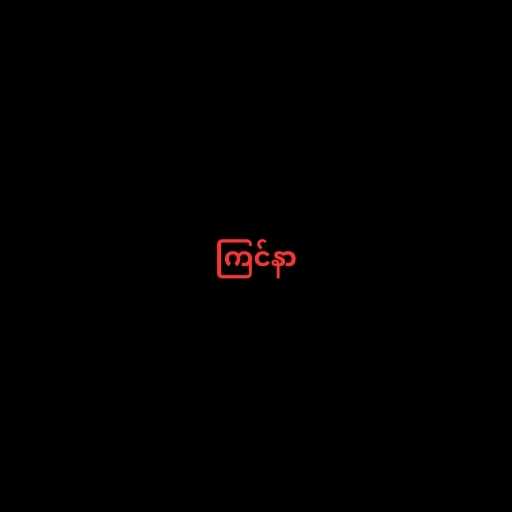
ကြင်နာ